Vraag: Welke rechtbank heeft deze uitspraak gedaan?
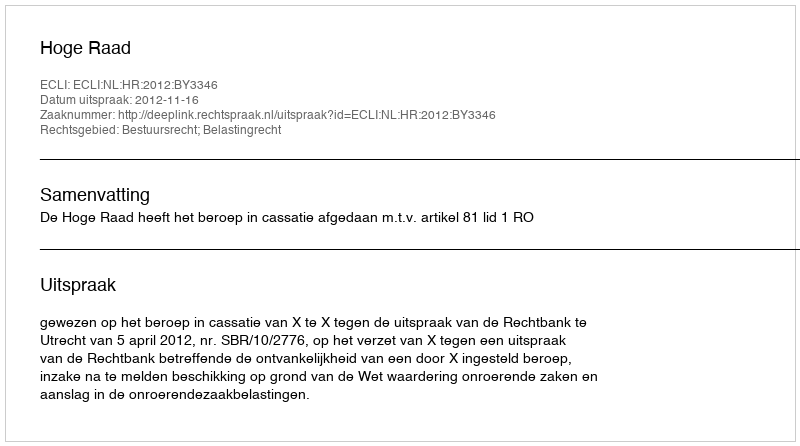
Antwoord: Hoge Raad